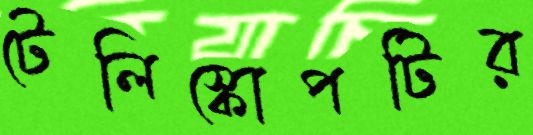
টেলিস্কোপটির